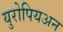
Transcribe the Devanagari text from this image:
युरोपियअन